Calcutta medical institutions reports 1892-1900
Year: 1892
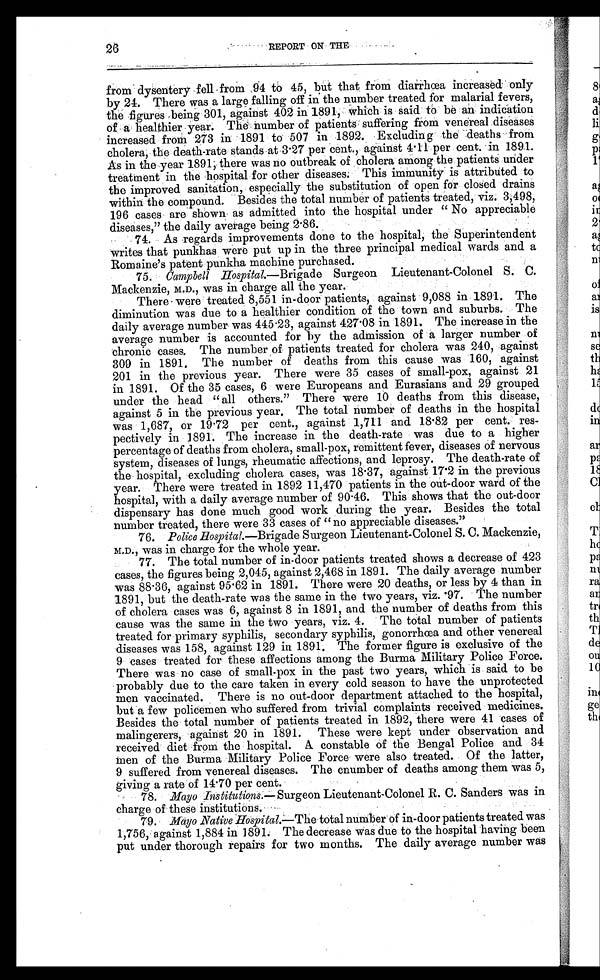
26
REPORT ON THE
from dysentery fell from 94 to 45, but that from diarrhœa increased only
by 24. There was a large falling off in the number treated for malarial fevers,
the figures being 301, against 402 in 1891, which is said to be an indication
of a healthier year. The number of patients suffering from venereal diseases
increased from 273 in 1891 to 507 in 1892. Excluding the deaths from
cholera, the death-rate stands at 3.27 per cent., against 4.11 per cent. in 1891.
As in the year 1891; there was no outbreak of cholera among the patients under
treatment in the hospital for other diseases. This immunity is attributed to
the improved sanitation, especially the substitution of open for closed drains
within the compound. Besides the total number of patients treated, viz. 3,498,
196 cases are shown as admitted into the hospital under "No appreciable
diseases," the daily average being 2.86.
74. As regards improvements done to the hospital, the Superintendent
writes that punkhas were put up in the three principal medical wards and a
Romaine's patent punkha machine purchased.
75.
Campbell Hospital.— Brigade Surgeon Lieutenant-Colonel S. C.
Mackenzie, M.D., was in charge all the year.
There were treated 8,551 in-door patients, against 9,088 in 1891. The
diminution was due to a healthier condition of the town and suburbs. The
daily average number was 445.23, against 427.08 in 1891. The increase in the
average number is accounted for by the admission of a larger number of
chronic cases. The number of patients treated for cholera was 240, against
309 in 1891. The number of deaths from this cause was 160, against
201 in the previous year. There were 35 cases of small-pox, against 21
in 1891. Of the 35 cases, 6 were Europeans and Eurasians and 29 grouped
under the head "all others." There were 10 deaths from this disease,
against 5 in the previous year. The total number of deaths in the hospital
was 1,687, or 19.72 per cent., against 1,711 and 18.82 per cent. res
-pectively in 1891. The increase in the death-rate was due to a higher
percentage of deaths from cholera, small-pox, remittent fever, diseases of nervous
system, diseases of lungs, rheumatic affections, and leprosy. The death-rate of
the hospital, excluding cholera cases, was 18.37, against 17.2 in the previous
year. There were treated in 1892 11,470 patients in the out-door ward of the
hospital, with a daily average number of 90.46. This shows that the out-door
dispensary has done much good work during the year. Besides the total
number treated, there were 33 cases of "no appreciable diseases."
76. Police Hospital.— Brigade Surgeon Lieutenant-Colonel S. C. Mackenzie,
M.D., was in charge for the whole year.
77. The total number of in-door patients treated shows a decrease of 423
cases, the figures being 2,045, against 2,468 in 1891. The daily average number
was 88.36, against 95.62 in 1891. There were 20 deaths, or less by 4 than in
1891, but the death-rate was the same in the two years, viz. 97. The number
of cholera cases was 6, against 8 in 1891, and the number of deaths from this
cause was the same in the two years, viz. 4. The total number of patients
treated for primary syphilis, secondary syphilis, gonorrhœa and other venereal
diseases was 158, against 129 in 1891. The former figure is exclusive of the
9 cases treated for these affections among the Burma Military Police Force.
There was no case of small-pox in the past two years, which is said to be
probably due to the care taken in every cold season to have the unprotected
men vaccinated. There is no out-door department attached to the hospital,
but a few policemen who suffered from trivial complaints received medicines.
Besides the total number of patients treated in 1892, there were 41 cases of
malingerers, against 20 in 1891. These were kept under observation and
received diet from the hospital. A constable of the Bengal Police and 34
men of the Burma Military Police Force were also treated. Of the latter,
9 suffered from venereal diseases. The cnumber of deaths among them was 5,
giving a rate of 14.70 per cent.
78. Mayo Institutions.— Surgeon Lieutenant-Colonel R. C. Sanders was in
charge of these institutions.
79. Mayo Native Hospital.— The total number of in-door patients treated was
1,756, against 1,884 in 1891. The decrease was due to the hospital having been
put under thorough repairs for two months. The daily average number was